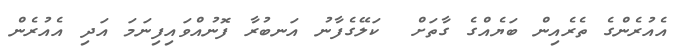
އެއުރެންގެ ތެރެއިން ބަޔެއްގެ ގާތަށް  ކަލޭގެފާނު އަނބުރާ ފޮނުއްވައިފިނަމަ އަދި އެއުރެން